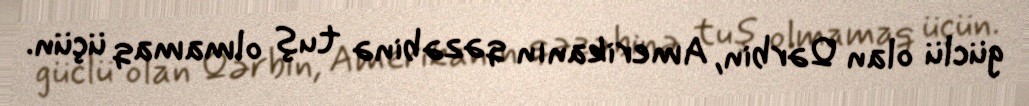
güclü olan Qərbin, Amerikanın qəzəbinə tuş olmamaq üçün.